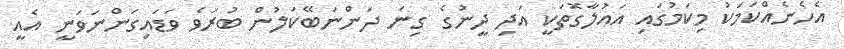
އެހެނެއްކަމަކު މިކަމުގައި އައުލާގޮތަކީ އަދި ދީނުގެ ގިނަ ދަންނަބޭކަލުން ބުރަވެ ވަޑައިގަންނަވަނީ އެއީ